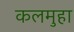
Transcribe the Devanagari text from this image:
कलमुहा